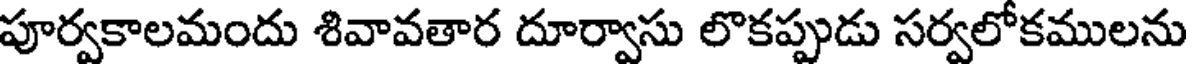
పూర్వకాలమందు శివావతార దూర్వాసు లొకప్పుడు సర్వలోకములను